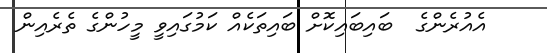
އެއުރެންގެ  ބައިބައިކޮށް ބައިތަކެއް ކަމުގައިވީ މީހުންގެ ތެރެއިން